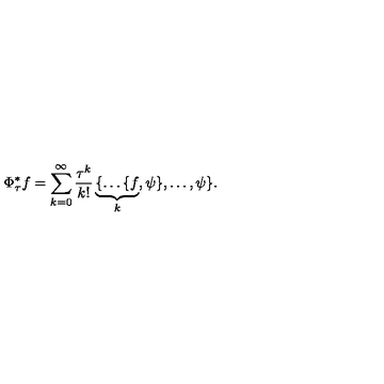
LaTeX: \Phi _ { \tau } ^ { * } f = \sum _ { k = 0 } ^ { \infty } \frac { \tau ^ { k } } { k ! } \underbrace { \{ \ldots \{ f } _ { k } , \psi \} , \ldots , \psi \} .